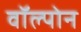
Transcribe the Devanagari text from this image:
वॉल्पोन